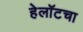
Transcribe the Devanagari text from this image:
हेलॉटचा